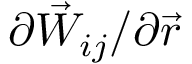
{ \partial \vec { W } _ { i j } } / { \partial { \vec { r } } }